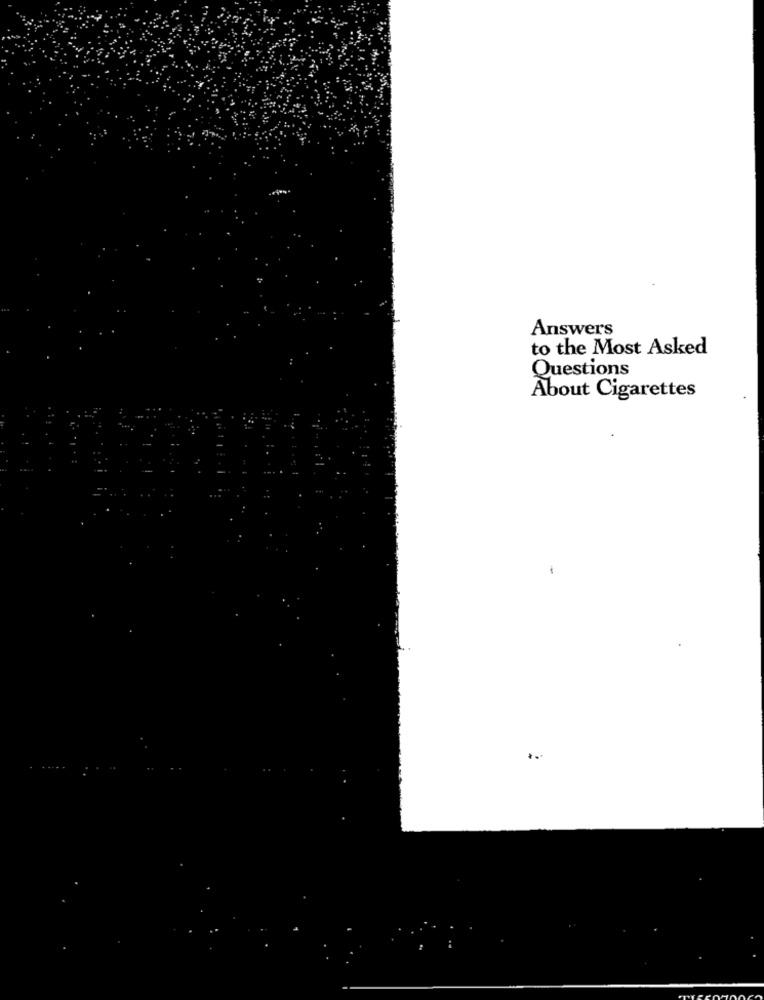
Answers
to the Most Asked
Questions
About Cigarettes
..